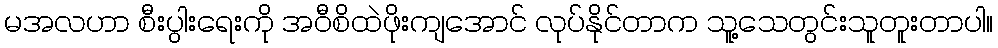
မအလဟာ စီးပွါးရေးကို အဝီစိထဲဖိုးကျအောင် လုပ်နိုင်တာက သူ့သေတွင်းသူတူးတာပါ။